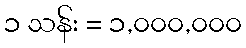
၁ သန်း = ၁,၀၀၀,၀၀၀